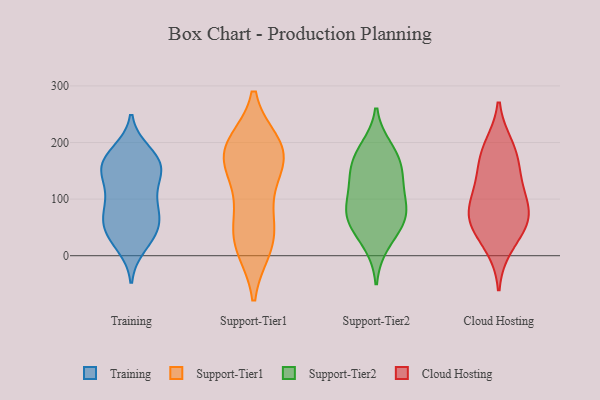
{"axis": {"x": "LTV (USD)", "y": "Value"}, "legend": ["Cloud Hosting", "Support-Tier1", "Support-Tier2", "Training"], "data": [{"x": "", "y": 148, "type": "Training"}, {"x": "", "y": 171, "type": "Training"}, {"x": "", "y": 158, "type": "Training"}, {"x": "", "y": 72, "type": "Training"}, {"x": "", "y": 75, "type": "Training"}, {"x": "", "y": 141, "type": "Training"}, {"x": "", "y": 183, "type": "Training"}, {"x": "", "y": 102, "type": "Training"}, {"x": "", "y": 56, "type": "Training"}, {"x": "", "y": 77, "type": "Training"}, {"x": "", "y": 106, "type": "Training"}, {"x": "", "y": 18, "type": "Training"}, {"x": "", "y": 35, "type": "Training"}, {"x": "", "y": 37, "type": "Training"}, {"x": "", "y": 43, "type": "Training"}, {"x": "", "y": 144, "type": "Training"}, {"x": "", "y": 162, "type": "Training"}, {"x": "", "y": 173, "type": "Training"}, {"x": "", "y": 193, "type": "Support-Tier1"}, {"x": "", "y": 60, "type": "Support-Tier1"}, {"x": "", "y": 53, "type": "Support-Tier1"}, {"x": "", "y": 143, "type": "Support-Tier1"}, {"x": "", "y": 198, "type": "Support-Tier1"}, {"x": "", "y": 150, "type": "Support-Tier1"}, {"x": "", "y": 196, "type": "Support-Tier1"}, {"x": "", "y": 165, "type": "Support-Tier1"}, {"x": "", "y": 20, "type": "Support-Tier1"}, {"x": "", "y": 13, "type": "Support-Tier1"}, {"x": "", "y": 95, "type": "Support-Tier1"}, {"x": "", "y": 15, "type": "Support-Tier1"}, {"x": "", "y": 182, "type": "Support-Tier1"}, {"x": "", "y": 189, "type": "Support-Tier1"}, {"x": "", "y": 70, "type": "Support-Tier2"}, {"x": "", "y": 104, "type": "Support-Tier2"}, {"x": "", "y": 62, "type": "Support-Tier2"}, {"x": "", "y": 78, "type": "Support-Tier2"}, {"x": "", "y": 61, "type": "Support-Tier2"}, {"x": "", "y": 161, "type": "Support-Tier2"}, {"x": "", "y": 189, "type": "Support-Tier2"}, {"x": "", "y": 142, "type": "Support-Tier2"}, {"x": "", "y": 21, "type": "Support-Tier2"}, {"x": "", "y": 175, "type": "Support-Tier2"}, {"x": "", "y": 125, "type": "Support-Tier2"}, {"x": "", "y": 193, "type": "Cloud Hosting"}, {"x": "", "y": 108, "type": "Cloud Hosting"}, {"x": "", "y": 62, "type": "Cloud Hosting"}, {"x": "", "y": 119, "type": "Cloud Hosting"}, {"x": "", "y": 180, "type": "Cloud Hosting"}, {"x": "", "y": 75, "type": "Cloud Hosting"}, {"x": "", "y": 156, "type": "Cloud Hosting"}, {"x": "", "y": 17, "type": "Cloud Hosting"}, {"x": "", "y": 59, "type": "Cloud Hosting"}, {"x": "", "y": 63, "type": "Cloud Hosting"}]}